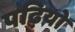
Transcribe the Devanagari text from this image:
पढ़ियो